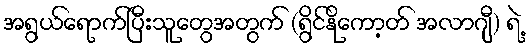
အရွယ်ရောက်ပြီးသူတွေအတွက် (ရွိင်နိုကော့တ် အလာဂျီ) ရဲ့